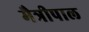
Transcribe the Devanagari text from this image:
मैत्रीपाल